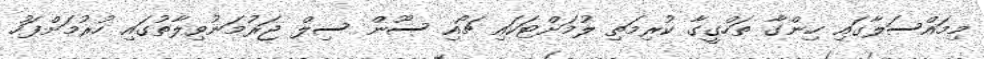
މިމައްސަލާގައި ހިންގާ ތަހްގީގާ ކުރިމަތި ލުމަށްޓަކައި ޗޯއި ސޫން ސިލް ޖަރުމަނުވިލާތުގައި ހުރުމަށްފަހު